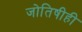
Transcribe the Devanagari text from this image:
जोतिषीही